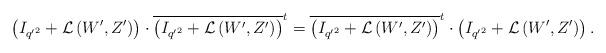
LaTeX: \begin{align*}\left(I_{{q'}^{2}} +\mathcal{L}\left(W',Z'\right)\right)\cdot\overline{\left(I_{{q'}^{2}} +\mathcal{L}\left(W',Z'\right)\right)}^{t}=\overline{\left(I_{{q'}^{2}} +\mathcal{L}\left(W',Z'\right)\right)}^{t}\cdot \left(I_{{q'}^{2}} +\mathcal{L}\left(W',Z'\right)\right).\end{align*}